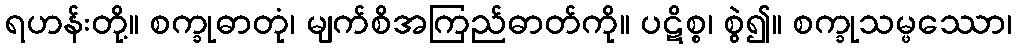
ရဟန်းတို့။ စက္ခုဓာတုံ၊ မျက်စိအကြည်ဓာတ်ကို။ ပဋိစ္စ၊ စွဲ၍။ စက္ခုသမ္ဖဿော၊